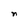
Character: n